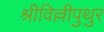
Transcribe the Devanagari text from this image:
श्रीविल्लीपुथुर